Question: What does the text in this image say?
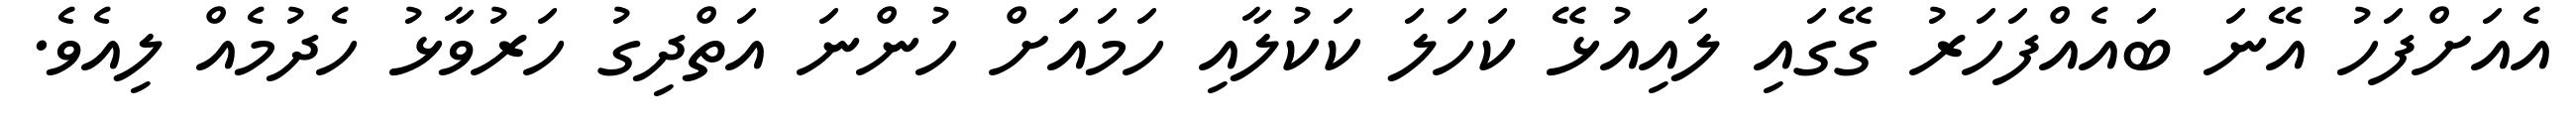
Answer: އެއަށްފަހު އޭނަ ބައެއްފަހަރު ގޭގައި ލައިއުޅޭ ކަހަލަ ކަކުލާއި ހަމައަށް ހުންނަ އަތްދިގު ހަރުވާޅު ހެދުމެއް ލިއެވެ.